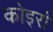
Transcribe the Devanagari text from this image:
कोइरो